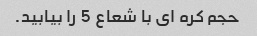
حجم کره ای با شعاع 5 را بیابید.